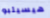
هيسيلبو